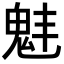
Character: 𩲗